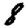
Digit: 8